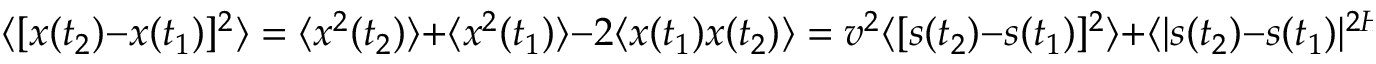
\langle [ x ( t _ { 2 } ) - x ( t _ { 1 } ) ] ^ { 2 } \rangle = \langle x ^ { 2 } ( t _ { 2 } ) \rangle + \langle x ^ { 2 } ( t _ { 1 } ) \rangle - 2 \langle x ( t _ { 1 } ) x ( t _ { 2 } ) \rangle = v ^ { 2 } \langle [ s ( t _ { 2 } ) - s ( t _ { 1 } ) ] ^ { 2 } \rangle + \langle | s ( t _ { 2 } ) - s ( t _ { 1 } ) | ^ { 2 H } \rangle .